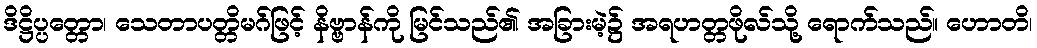
ဒိဋ္ဌိပ္ပတ္တော၊ သေတာပတ္တိမဂ်ဖြင့် နိဗ္ဗာန်ကို မြင်သည်၏ အခြားမဲ့၌ အရဟတ္တဖိုလ်သို့ ရောက်သည်။ ဟောတိ၊